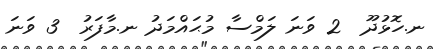
ނ.ހޮޅުދޫ  2 ވަނަ ލަމްސާ މުޙައްމަދު ނ.މާފަރު  3 ވަނަ